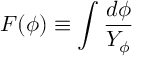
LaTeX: F ( \phi ) \equiv \int { \frac { d \phi } { Y _ { \phi } } }